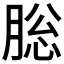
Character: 䐋